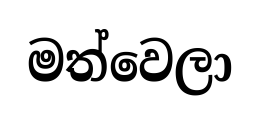
මත්වෙලා